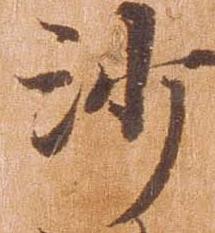
沙